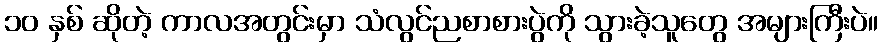
၁၀ နှစ် ဆိုတဲ့ ကာလအတွင်းမှာ သံလွင်ညစာစားပွဲကို သွားခဲ့သူတွေ အများကြီးပဲ။